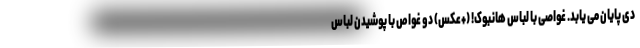
دی پایان می یابد. غواصی با لباس هانبوک! (+عکس) دو غواص با پوشیدن لباس